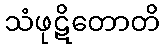
သံဖုဋိတောတိ